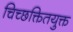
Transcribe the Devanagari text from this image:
चिच्छक्तितयुक्त